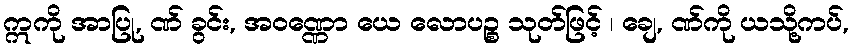
ဣကို အာပြု, ဏ် ခွင်း, အဝဏ္ဏော ယေ လောပဉ္စ သုတ်ဖြင့် ၊ ချေ, ဏ်ကို ယသို့ကပ်,